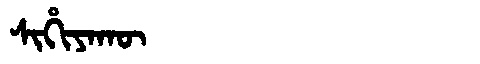
Manchu: ᠰᡳᡥᡳᠶᠠᡴᡡ
Romanization: SIHIYAKŪ